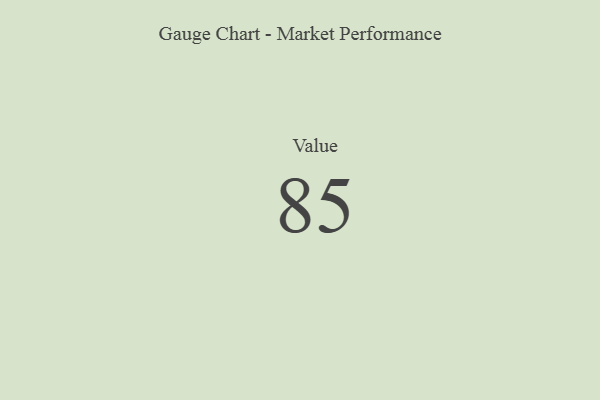
{"axis": {"x": "Metric", "y": "Value"}, "legend": [""], "data": [{"x": "Value", "y": 85, "type": ""}]}